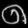
Digit: ၈